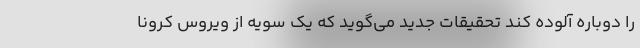
را دوباره آلوده کند تحقیقات جدید می‌گوید که یک سویه از ویروس کرونا